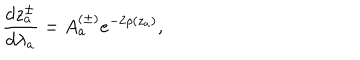
\frac { d z _ { a } ^ { \pm } } { d \lambda _ { a } } = A _ { a } ^ { ( \pm ) } e ^ { - 2 \rho ( z _ { a } ) } ,